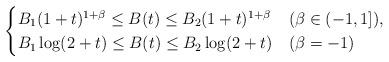
LaTeX: \begin{align*}\begin{cases}B_1 (1+t)^{1+\beta} \le B(t) \le B_2 (1+t)^{1+\beta}&(\beta \in (-1,1]),\\B_1 \log (2+t) \le B(t) \le B_2 \log(2+t) &(\beta =-1)\end{cases}\end{align*}